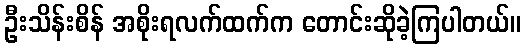
ဦးသိန်းစိန် အစိုးရလက်ထက်က တောင်းဆိုခဲ့ကြပါတယ်။